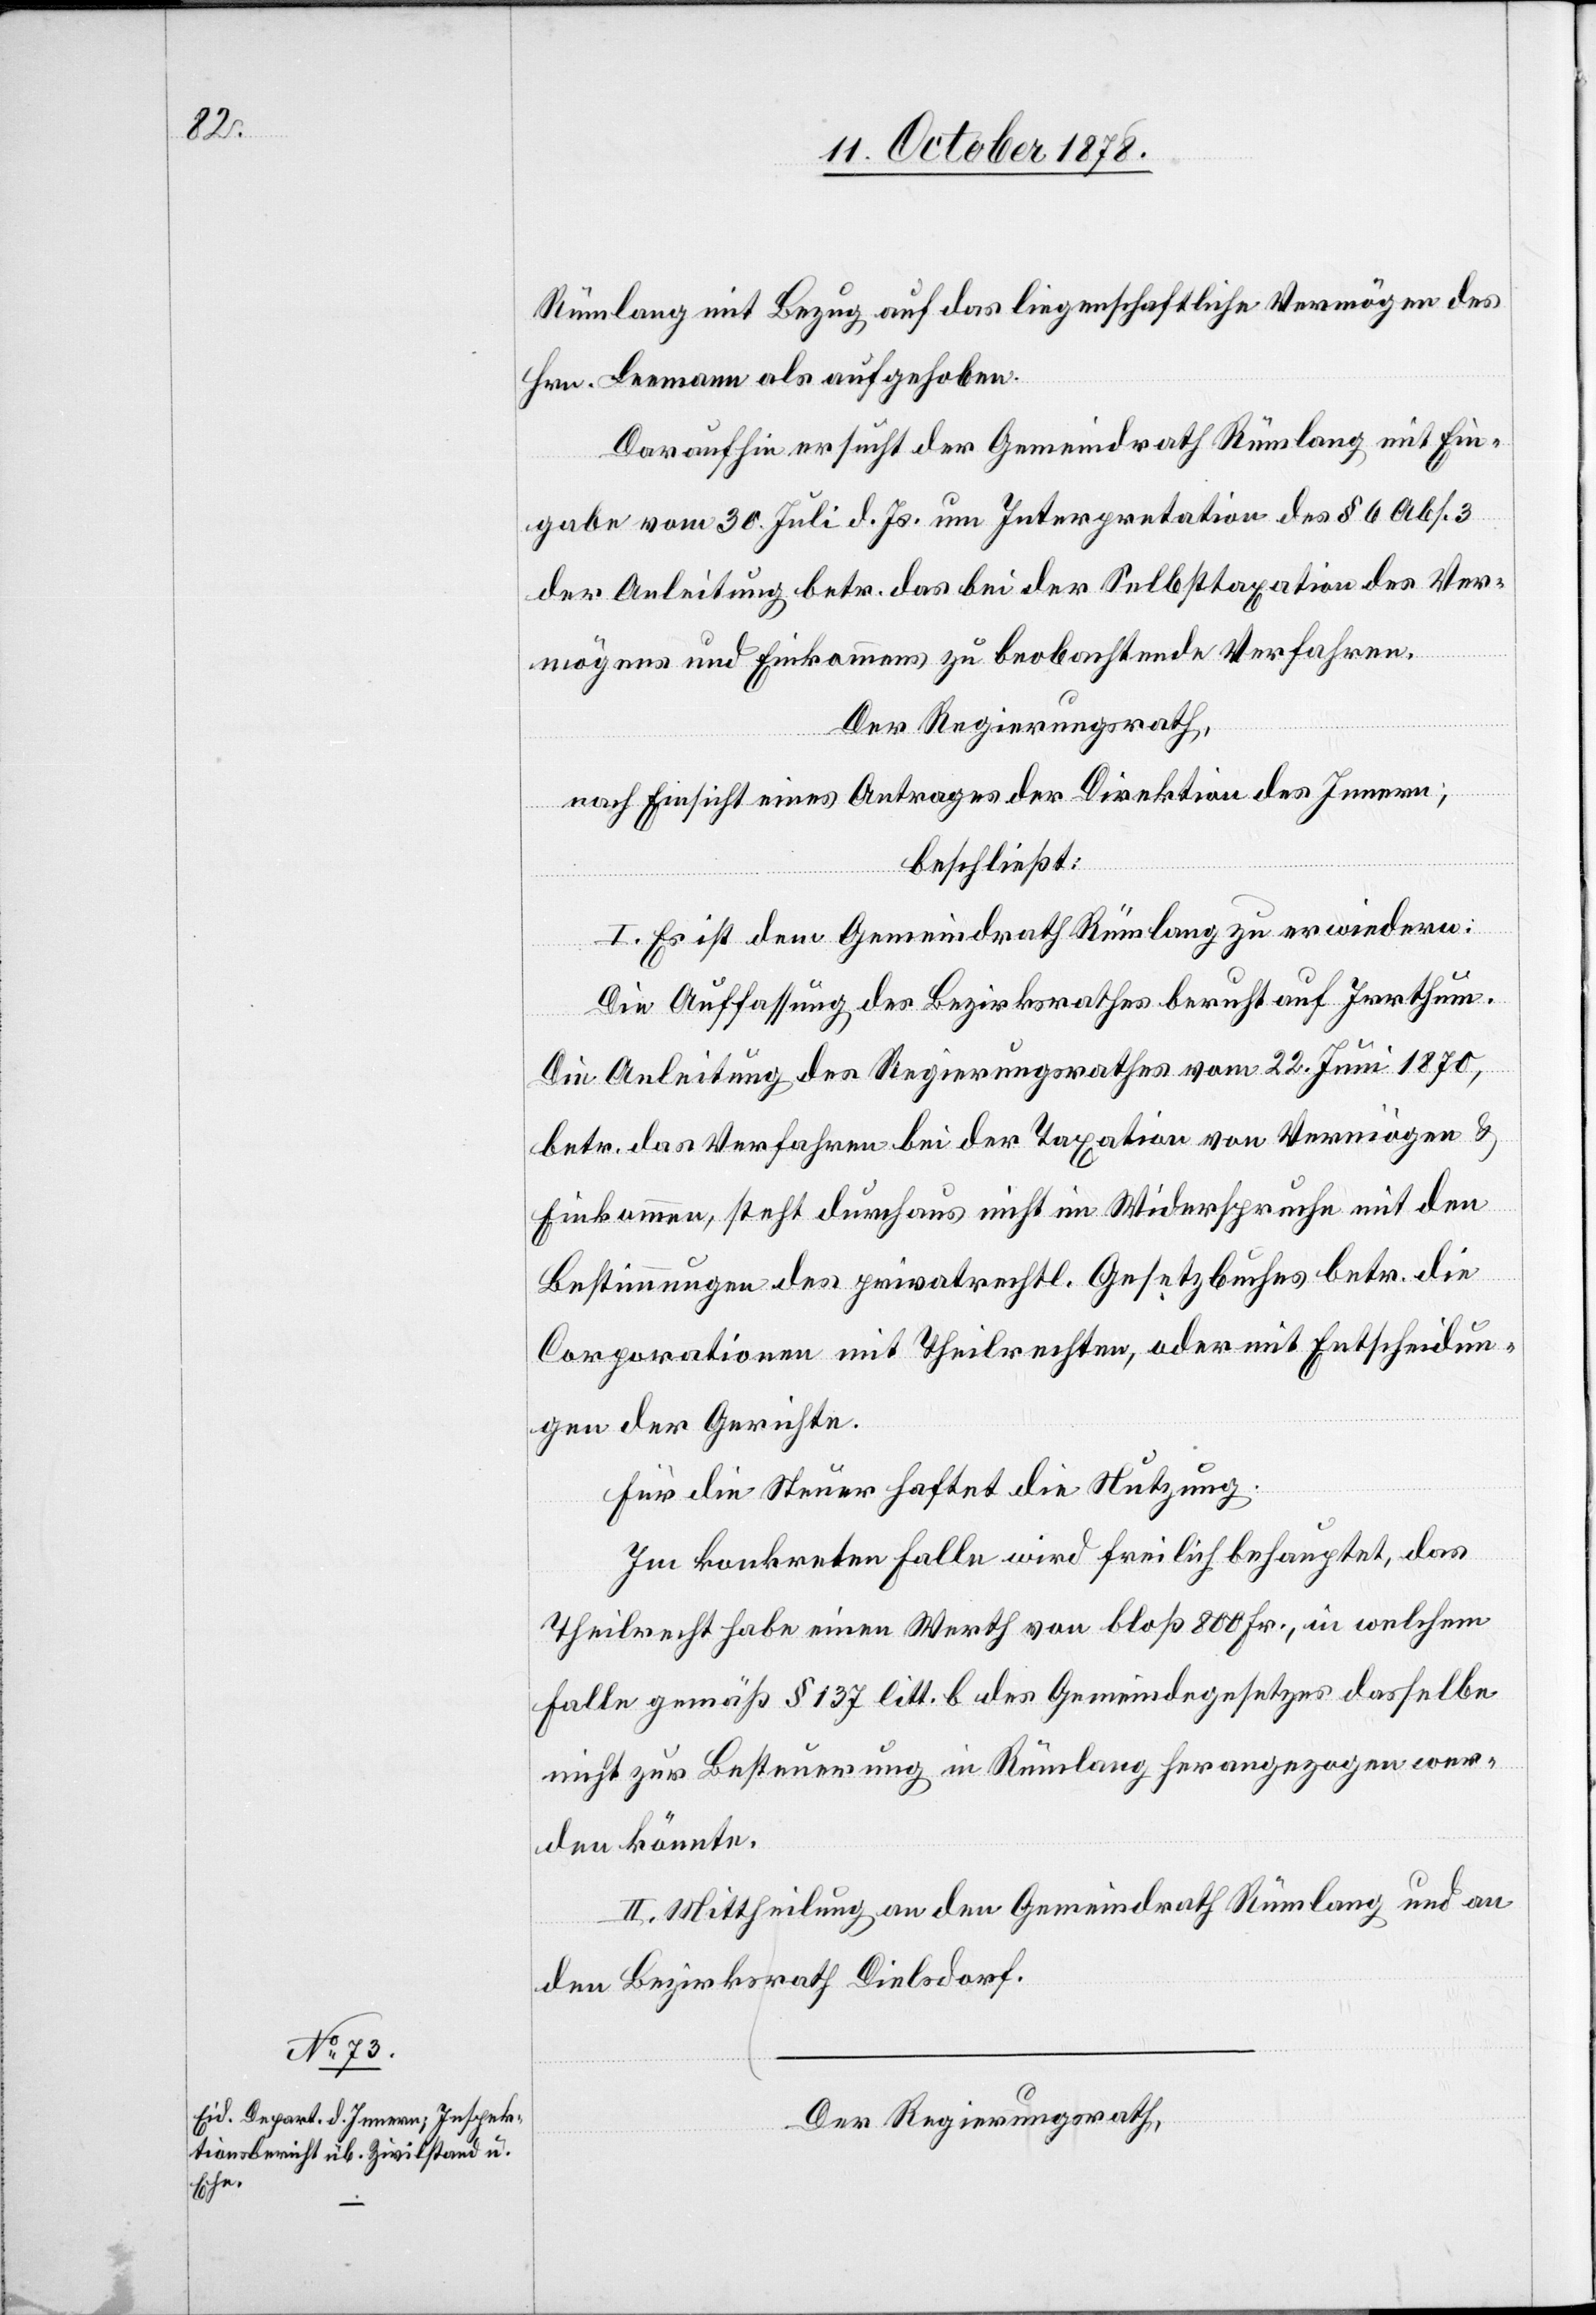
Rümlang mit Bezug auf das liegenschaftliche Vermögen des
Hrn. Leemann als aufgehoben.
Daraufhin ersucht der Gemeindrath Rümlang mit Ein¬
gabe vom 30. Juli d. Js. um Interpretation des § 6 Abs. 3
der Anleitung betr. das bei der Selbsttaxation des Ver¬
mögens und Einkommens zu beobachtende Verfahren.
Der Regierungsrath,
nach Einsicht eines Antrages der Direktion des Innern,
beschließt:
I. Es ist dem Gemeindrath Rümlang zu erwiedern:
Die Auffassung des Bezirksrathes beruht auf Irrthum.
Die Anleitung des Regierungsrathes vom 22. Juni 1870,
betr. das Verfahren bei der Taxation von Vermögen &
Einkommen, steht durchaus nicht im Widerspruche mit den
Bestimmungen des privatrechtl. Gesetzbuches betr. die
Corporationen mit Theilrechten, oder mit Entscheidun¬
gen der Gerichte.
Für die Steuer haftet die Nutzung.
Im konkreten Falle wird freilich behauptet, das
Theilrecht habe einen Werth von bloß 800 Fr., in welchem
Falle gemäß § 137 litt. b des Gemeindegesetzes dasselbe
nicht zur Besteuerung in Rümlang herangezogen wer¬
den könnte.
II. Mittheilung an den Gemeindrath Rümlang und an
den Bezirksrath Dielsdorf.
Der Regierungsrath,